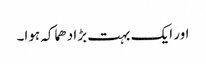
اور ایک بہت بڑا دھماکہ ہوا۔